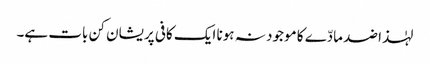
لہٰذا ضد مادّے کا موجود نہ ہونا ایک کافی پریشان کن بات ہے۔